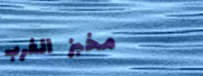
مخبز الغرب